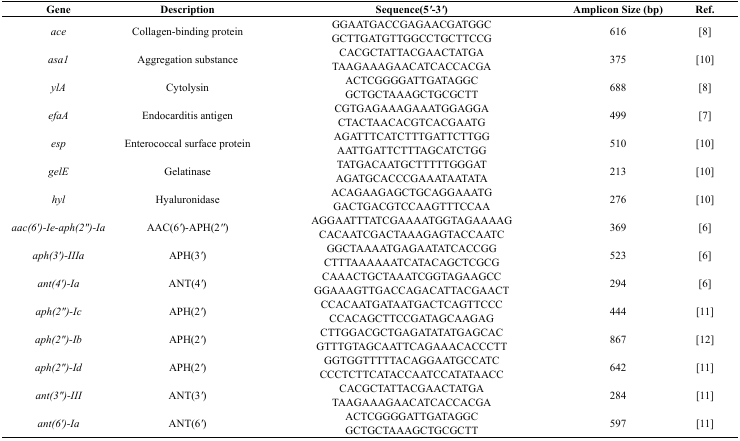
<table><thead><tr><td><b>Gene</b></td><td><b>Description</b></td><td><b>Sequence(5<i>&#x27;</i>-3<i>&#x27;</i>)</b></td><td><b>Amplicon Size (bp)</b></td><td><b>Ref.</b></td></tr></thead><tbody><tr><td rowspan="2"><i>ace</i></td><td rowspan="2">Collagen-binding protein</td><td>GGAATGACCGAGAACGATGGC</td><td rowspan="2">616</td><td rowspan="2">[8]</td></tr><tr><td>GCTTGATGTTGGCCTGCTTCCG</td></tr><tr><td rowspan="2"><i>asa1</i></td><td rowspan="2">Aggregation substance</td><td>CACGCTATTACGAACTATGA</td><td rowspan="2">375</td><td rowspan="2">[10]</td></tr><tr><td>TAAGAAAGAACATCACCACGA</td></tr><tr><td rowspan="2"><i>ylA</i></td><td rowspan="2">Cytolysin</td><td>ACTCGGGGATTGATAGGC</td><td rowspan="2">688</td><td rowspan="2">[8]</td></tr><tr><td>GCTGCTAAAGCTGCGCTT</td></tr><tr><td rowspan="2"><i>efaA</i></td><td rowspan="2">Endocarditis antigen</td><td>CGTGAGAAAGAAATGGAGGA</td><td rowspan="2">499</td><td rowspan="2">[7]</td></tr><tr><td>CTACTAACACGTCACGAATG</td></tr><tr><td rowspan="2"><i>esp</i></td><td rowspan="2">Enterococcal surface protein </td><td>AGATTTCATCTTTGATTCTTGG</td><td rowspan="2">510</td><td rowspan="2">[10]</td></tr><tr><td>AATTGATTCTTTAGCATCTGG</td></tr><tr><td rowspan="2"><i>gelE</i></td><td rowspan="2">Gelatinase</td><td>TATGACAATGCTTTTTGGGAT</td><td rowspan="2">213</td><td rowspan="2">[10]</td></tr><tr><td>AGATGCACCCGAAATAATATA</td></tr><tr><td rowspan="2"><i>hyl</i></td><td rowspan="2">Hyaluronidase</td><td>ACAGAAGAGCTGCAGGAAATG</td><td rowspan="2">276</td><td rowspan="2">[10]</td></tr><tr><td>GACTGACGTCCAAGTTTCCAA</td></tr><tr><td rowspan="2"><i>aac(6&#x27;)-Ie-aph(2&quot;)-Ia</i></td><td rowspan="2">AAC(6<i>&#x27;</i>)-APH(2<i>&#x27;&#x27;</i>)</td><td>AGGAATTTATCGAAAATGGTAGAAAAG</td><td rowspan="2">369</td><td rowspan="2">[6]</td></tr><tr><td>CACAATCGACTAAAGAGTACCAATC</td></tr><tr><td rowspan="2"><i>aph(3&#x27;)-IIIa</i></td><td rowspan="2">APH(3<i>&#x27;</i>)</td><td>GGCTAAAATGAGAATATCACCGG</td><td rowspan="2">523</td><td rowspan="2">[6]</td></tr><tr><td>CTTTAAAAAATCATACAGCTCGCG</td></tr><tr><td rowspan="2"><i>ant(4&#x27;)-Ia</i></td><td rowspan="2">ANT(4<i>&#x27;</i>)</td><td>CAAACTGCTAAATCGGTAGAAGCC</td><td rowspan="2">294</td><td rowspan="2">[6]</td></tr><tr><td>GGAAAGTTGACCAGACATTACGAACT</td></tr><tr><td rowspan="2"><i>aph(2&quot;)-Ic</i></td><td rowspan="2">APH(2<i>&#x27;</i>)</td><td>CCACAATGATAATGACTCAGTTCCC</td><td rowspan="2">444</td><td rowspan="2">[11]</td></tr><tr><td>CCACAGCTTCCGATAGCAAGAG</td></tr><tr><td rowspan="2"><i>aph(2&quot;)-Ib</i></td><td rowspan="2">APH(2<i>&#x27;</i>)</td><td>CTTGGACGCTGAGATATATGAGCAC</td><td rowspan="2">867</td><td rowspan="2">[12]</td></tr><tr><td>GTTTGTAGCAATTCAGAAACACCCTT</td></tr><tr><td rowspan="2"><i>aph(2&quot;)-Id</i></td><td rowspan="2">APH(2<i>&#x27;</i>)</td><td>GGTGGTTTTTACAGGAATGCCATC</td><td rowspan="2">642</td><td rowspan="2">[11]</td></tr><tr><td>CCCTCTTCATACCAATCCATATAACC</td></tr><tr><td rowspan="2"><i>ant(3&quot;)-III</i></td><td rowspan="2">ANT(3<i>&#x27;</i>)</td><td>CACGCTATTACGAACTATGA</td><td rowspan="2">284</td><td rowspan="2">[11]</td></tr><tr><td>TAAGAAAGAACATCACCACGA</td></tr><tr><td rowspan="2"><i>ant(6&#x27;)-Ia</i></td><td rowspan="2">ANT(6<i>&#x27;</i>)</td><td>ACTCGGGGATTGATAGGC</td><td rowspan="2">597</td><td rowspan="2">[11]</td></tr><tr><td>GCTGCTAAAGCTGCGCTT</td></tr></tbody></table>